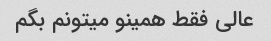
عالی فقط همینو میتونم بگم